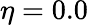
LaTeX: \eta=0.0